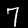
Label: 7